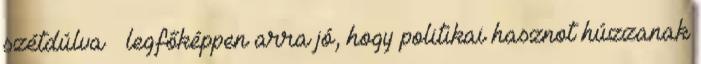
szétdúlva – legfőképpen arra jó, hogy politikai hasznot húzzanak